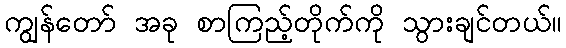
ကျွန်တော် အခု စာကြည့်တိုက်ကို သွားချင်တယ်။